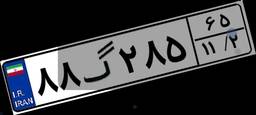
۸۸گ۲۸۵۶۵